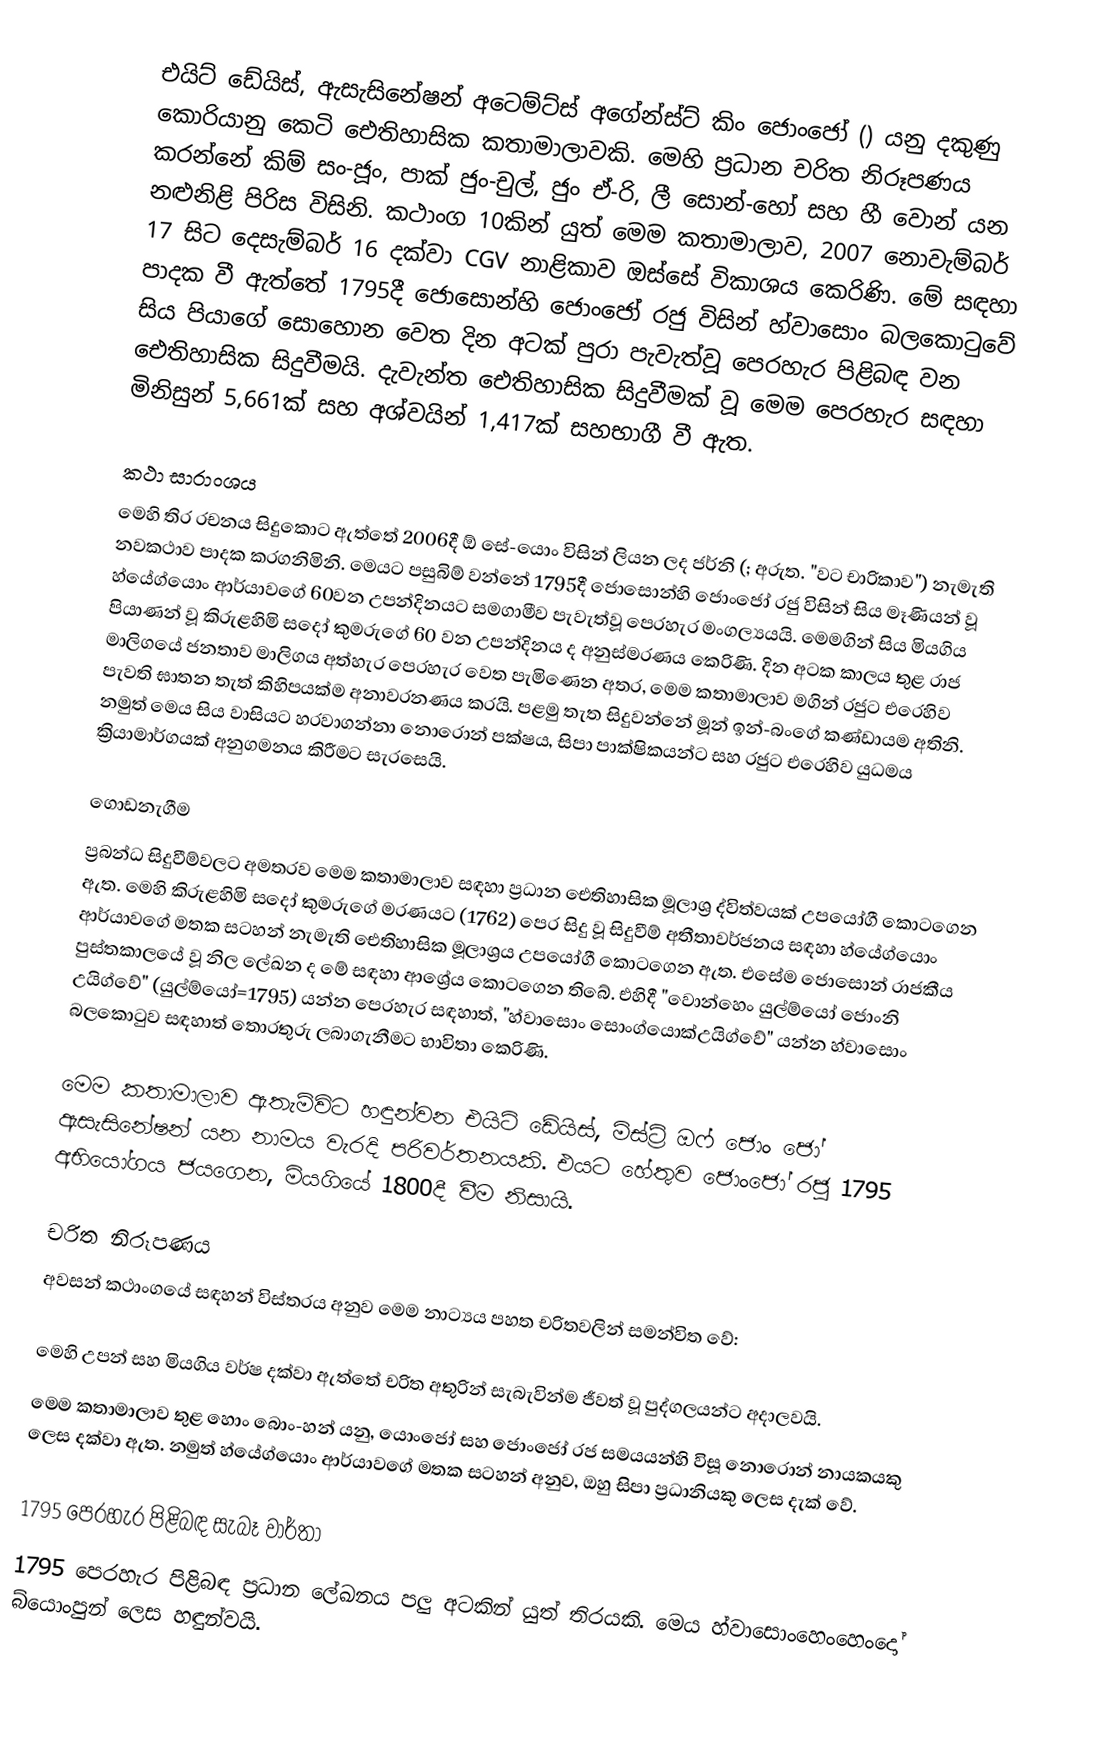
එයිට් ඩේයිස්, ඇසැසිනේෂන් අටෙම්ට්ස් අගේන්ස්ට් කිං ජොංජෝ () යනු දකුණු කොරියානු කෙටි ඓතිහාසික කතාමාලාවකි. මෙහි ප්‍රධාන චරිත නිරූපණය කරන්නේ කිම් සං-ජූං, පාක් ජුං-චුල්, ජුං ඒ-රි, ලී සොන්-හෝ සහ හී වොන් යන නළුනිළි පිරිස විසිනි. කථාංග 10කින් යුත් මෙම කතාමාලාව, 2007 නොවැම්බර් 17 සිට දෙසැම්බර් 16 දක්වා CGV නාළිකාව ඔස්සේ විකාශය කෙරිණි. මේ සඳහා පාදක වී ඇත්තේ 1795දී ජොසොන්හි ජොංජෝ රජු විසින් හ්වාසොං බලකොටුවේ සිය පියාගේ සොහොන වෙත දින අටක් පුරා පැවැත්වූ පෙරහැර පිළිබඳ වන ඓතිහාසික සිදුවීමයි. දැවැන්ත ඓතිහාසික සිදුවීමක් වූ මෙම පෙරහැර සඳහා මිනිසුන් 5,661ක් සහ අශ්වයින් 1,417ක් සහභාගී වී ඇත.

කථා සාරාංශය
මෙහි තිර රචනය සිදුකොට ඇත්තේ 2006දී ඕ සේ-යොං විසින් ලියන ලද ජර්නි (; අරුත. "වට චාරිකාව") නැමැති නවකථාව පාදක කරගනිමිනි. මෙයට පසුබිම් වන්නේ 1795දී ජො‍සොන්හි ජොංජෝ රජු විසින් සිය මෑණියන් වූ හ්යේග්යොං ආර්යාවගේ 60වන උපන්දිනයට සමගාමීව පැවැත්වූ පෙරහැර මංගල්‍යයයි. මෙමගින් සිය මියගිය පියාණන් වූ කිරුළහිමි සදෝ කුමරුගේ 60 වන උපන්දිනය ද අනුස්මරණය කෙරිණි. දින අටක කාලය තුළ රාජ මාලිගයේ ජනතාව මාලිගය අත්හැර පෙරහැර වෙත පැමිණෙන අතර, මෙම කතාමාලාව මගින් රජුට එරෙහිව පැවති ඝාතන තැත් කිහිපයක්ම අනාවරනණය කරයි. පළමු තැත සිදුවන්නේ මූන් ඉන්-බංගේ කණ්ඩායම අතිනි. නමුත් මෙය සිය වාසියට හරවාගන්නා නොරොන් පක්ෂය, සිපා පාක්ෂිකයන්ට සහ රජුට එරෙහිව යුධමය ක්‍රියාමාර්ගයක් අනුගමනය කිරීමට සැරසෙයි.

ගොඩනැගීම
ප්‍රබන්ධ සිදුවීම්වලට අමතරව මෙම කතාමාලාව සඳහා ප්‍රධාන ඓතිහාසික මූලාශ්‍ර ද්විත්වයක් උපයෝගී කොටගෙන ඇත. මෙහි කිරුළහිමි ස‍දෝ කුමරුගේ මරණයට (1762) පෙර සිදු වූ සිදුවීම් අතීතාවර්ජනය සඳහා හ්යේග්යොං ආර්යාවගේ මතක සටහන් නැමැති ඓතිහාසික මූලාශ්‍රය උපයෝගී කොටගෙන ඇත. එසේම ජොසොන් රාජකීය පුස්තකාලයේ වූ නිල ලේඛන ද මේ සඳහා ආශ්‍රේය කොටගෙන තිබේ. එහිදී "වොන්හෙං යුල්ම්යෝ ජොංනි උයිග්වේ" (යුල්ම්යෝ=1795) යන්න පෙරහැර සඳහාත්, "හ්‍වාසොං සොංග්යොක්උයිග්වේ" යන්න හ්‍වාසොං බලකොටුව සඳහාත් තොරතුරු ලබාගැනීමට භාවිතා කෙරිණි.

මෙම කතාමාලාව ඇතැම්විට හඳුන්වන එයිට් ඩේයිස්, මිස්ට්‍රි ඔෆ් ජොං ජෝ ඇසැසිනේෂන් යන නාමය වැරදි පරිවර්තනයකි. එයට හේතුව ජොංජෝ රජු 1795 අභියෝගය ජයගෙන, මියගියේ 1800දී වීම නිසායි.

චරිත නිරූපණය
අවසන් කථාංගයේ සඳහන් විස්තරය අනුව මෙම නාට්‍යය පහත චරිතවලින් සමන්විත වේ:

 මෙහි උපන් සහ මියගිය වර්ෂ දක්වා ඇත්තේ චරිත අතුරින් සැබැවින්ම ජීවත් වූ පුද්ගලයන්ට අදාලවයි.
 මෙම කතාමාලාව තුළ හොං බොං-හන් යනු, යොංජෝ සහ ජොංජෝ රජ සමයයන්හි විසූ නොරොන් නායකයකු ලෙස දක්වා ඇත. නමුත් හ්යේග්යොං ආර්යාවගේ මතක සටහන් අනුව, ඔහු සිපා ප්‍රධානියකු ලෙස දැක් වේ.

1795 පෙරහැර පිළිබඳ සැබෑ වාර්තා
1795 පෙරහැර පිළිබඳ ප්‍රධාන ලේඛනය පලු අටකින් යුත් තිරයකි. මෙය හ්වාසොංහෙංහෙංදෝ බ්යොංපුන් ලෙස හඳුන්වයි.